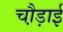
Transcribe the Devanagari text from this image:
चौ़ड़ाई